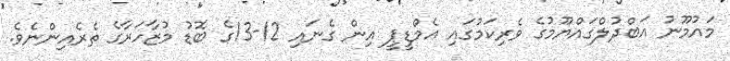
މައުމޫނު އަބްދުލްގައްޔޫމުގެ ވެރިކަމުގައި އެމްޑީޕީ އިން ގެނައި 12-13ގެ ބޮޑު މުޒާހަރާގެ ތެރެއިންނެވެ.